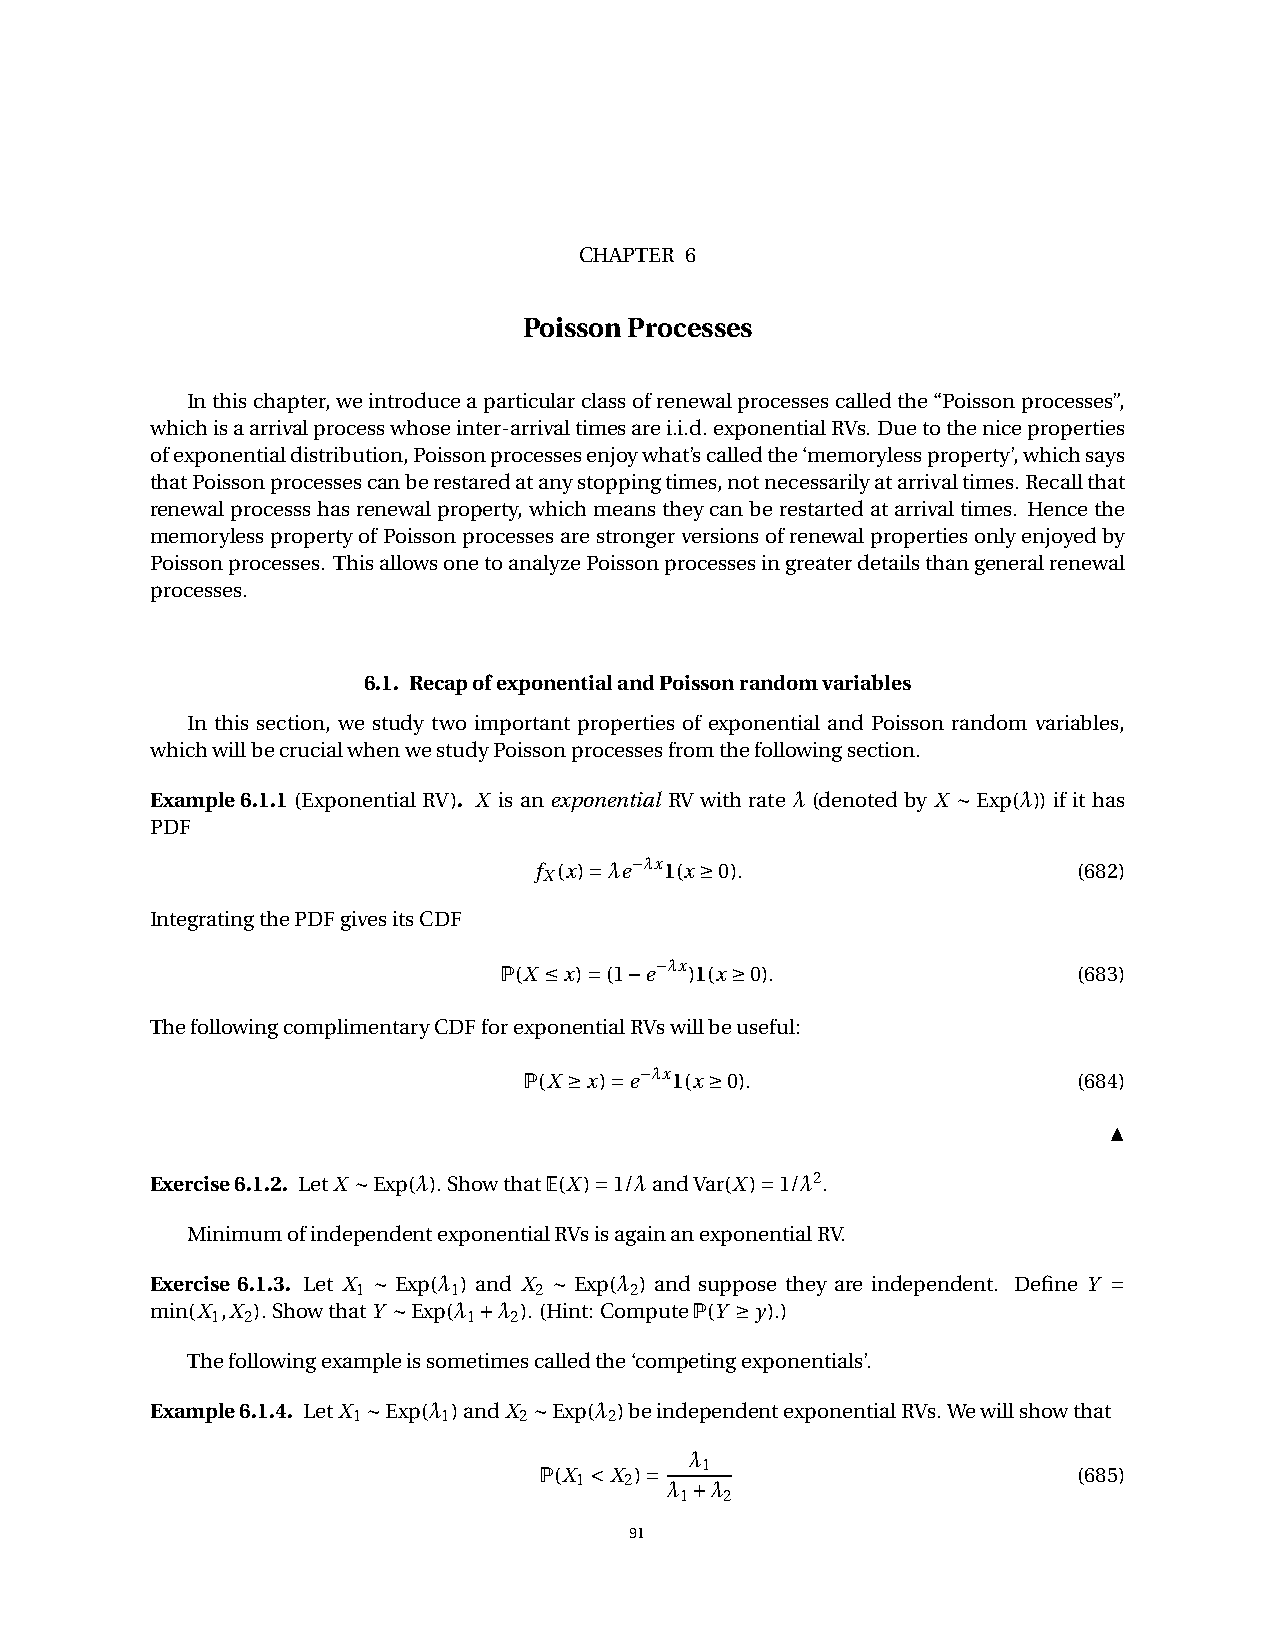
CHAPTER 6
 PoissonProcesses
 Inthischapter,weintroduceaparticularclassofrenewalprocessescalledthe“Poissonprocesses”,
 whichisaarrivalprocesswhoseinter-arrivaltimesarei.i.d. exponentialRVs. Duetotheniceproperties
 ofexponentialdistribution,Poissonprocessesenjoywhat’scalledthe‘memorylessproperty’,whichsays
 thatPoissonprocessescanberestaredatanystoppingtimes,notnecessarilyatarrivaltimes.Recallthat
 renewalprocessshasrenewalproperty,whichmeanstheycanberestartedatarrivaltimes. Hencethe
 memorylesspropertyofPoissonprocessesarestrongerversionsofrenewalpropertiesonlyenjoyedby
 Poissonprocesses. ThisallowsonetoanalyzePoissonprocessesingreaterdetailsthangeneralrenewal
 processes.
 6.1. RecapofexponentialandPoissonrandomvariables
 In this section, we study two important properties of exponential and Poisson random variables,
 whichwillbecrucialwhenwestudyPoissonprocessesfromthefollowingsection.
 Example6.1.1(Exponential RV). X is an exponential RV with rate λ (denoted by X »Exp(λ)) if it has
 PDF
 f
 (x)˘λe¡λx1(x‚0).
 (682)
 X
 IntegratingthePDFgivesitsCDF
 P(X •x)˘(1¡e¡λx)1(x‚0).               (683)
 ThefollowingcomplimentaryCDFforexponentialRVswillbeuseful:
 P(X ‚x)˘e¡λx1(x‚0).                 (684)
 ▲
 Exercise6.1.2. LetX »Exp(λ).ShowthatE(X)˘1/λandVar(X)˘1/λ2.
 MinimumofindependentexponentialRVsisagainanexponentialRV.
 Exercise 6.1.3. Let X » Exp(λ ) and X » Exp(λ ) and suppose they are independent. Define Y ˘
 1     1    2      2
 min(X ,X ).ShowthatY »Exp(λ ¯λ ).(Hint:ComputeP(Y ‚y).)
 1 2              1  2
 Thefollowingexampleissometimescalledthe‘competingexponentials’.
 Example6.1.4. LetX »Exp(λ )andX »Exp(λ )beindependentexponentialRVs.Wewillshowthat
 1     1    2     2
 λ
 P(X ˙X )˘ 1                        (685)
 1  2  λ ¯λ
 1  2
 91